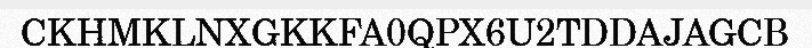
CKHMKLNXGKKFA0QPX6U2TDDAJAGCB